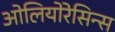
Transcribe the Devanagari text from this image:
ओलियोरेसिन्स